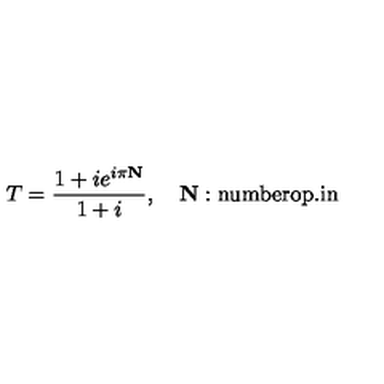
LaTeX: T = \frac { 1 + i e ^ { i \pi \mathbf { N } } } { 1 + i } , \quad \mathbf { N } : \mathrm { n u m b e r o p . i n }